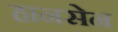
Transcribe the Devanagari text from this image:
हानसेन